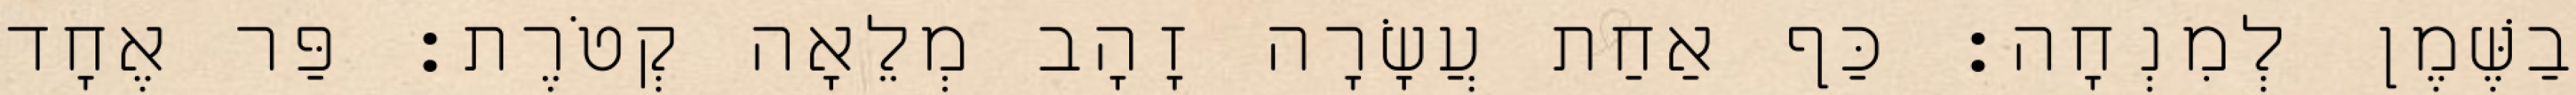
בַשֶּׁמֶן לְמִנְחָה׃ כַּף אַחַת עֲשָׂרָה זָהָב מְלֵאָה קְטֹרֶת׃ פַּר אֶחָד